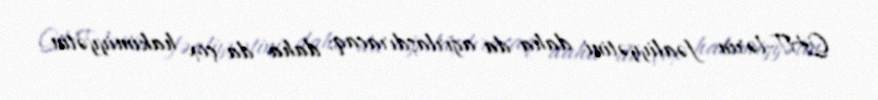
QHT-lərin fəaliyyətini daha da ağırlaşdıracaq, daha da çox hakimiyyətin